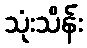
သုံးသိန်း